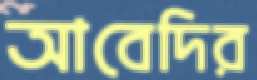
আবেদির